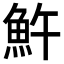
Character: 𩵱